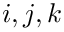
i , j , k